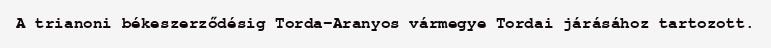
A trianoni békeszerződésig Torda-Aranyos vármegye Tordai járásához tartozott.